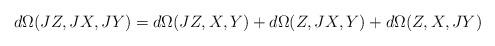
LaTeX: \begin{align*} d\Omega(JZ,JX,JY)=d\Omega(JZ,X,Y)+d\Omega(Z,JX,Y)+d\Omega(Z,X,JY) \end{align*}